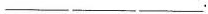
___ ___ ___.